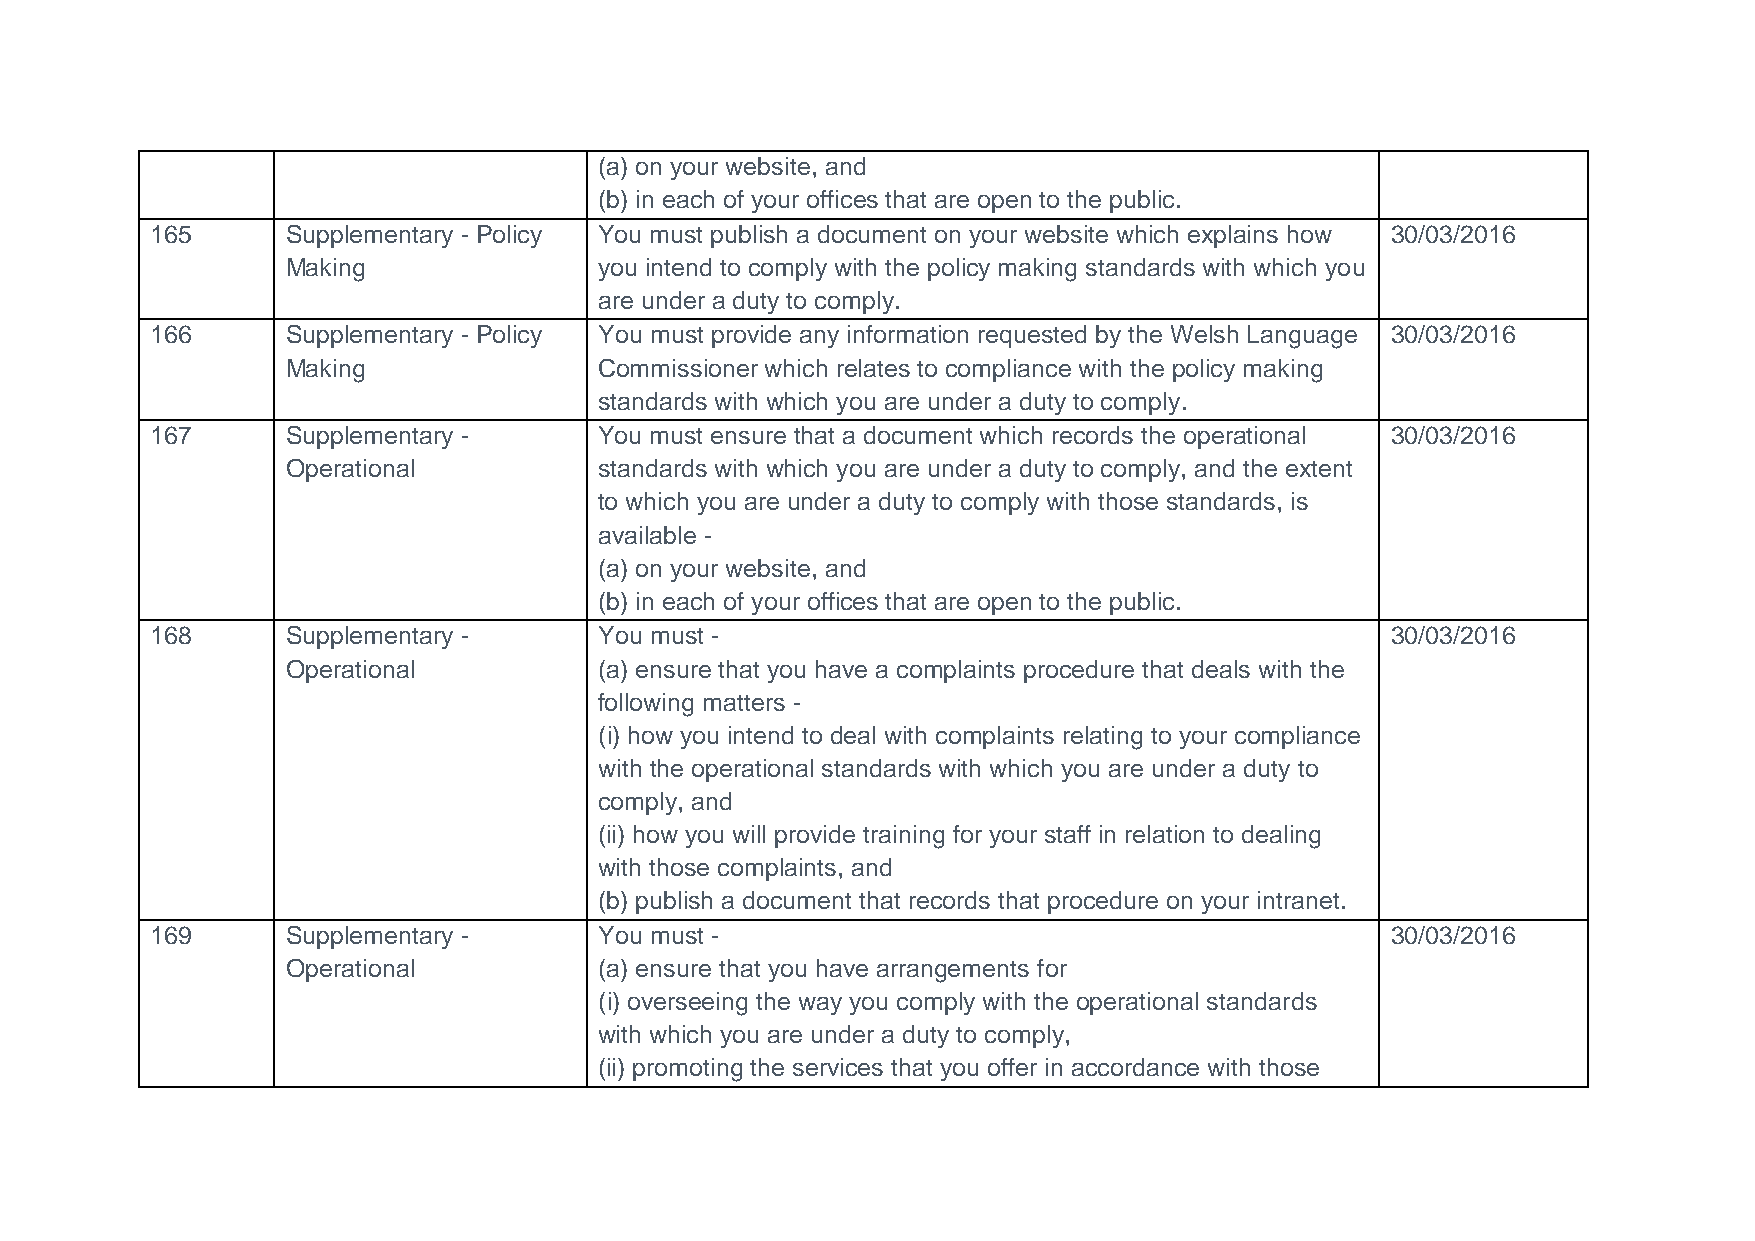
(a) on your website, and
 (b) in each of your offices that are open to the public.
 165      Supplementary - Policy You must publish a document on your website which explains how 30/03/2016
 Making               you intend to comply with the policy making standards with which you
 are under a duty to comply.
 166      Supplementary - Policy You must provide any information requested by the Welsh Language 30/03/2016
 Making               Commissioner which relates to compliance with the policy making
 standards with which you are under a duty to comply.
 167      Supplementary -      You must ensure that a document which records the operational 30/03/2016
 Operational          standards with which you are under a duty to comply, and the extent
 to which you are under a duty to comply with those standards, is
 available -
 (a) on your website, and
 (b) in each of your offices that are open to the public.
 168      Supplementary -      You must -                                          30/03/2016
 Operational          (a) ensure that you have a complaints procedure that deals with the
 following matters -
 (i) how you intend to deal with complaints relating to your compliance
 with the operational standards with which you are under a duty to
 comply, and
 (ii) how you will provide training for your staff in relation to dealing
 with those complaints, and
 (b) publish a document that records that procedure on your intranet.
 169      Supplementary -      You must -                                          30/03/2016
 Operational          (a) ensure that you have arrangements for
 (i) overseeing the way you comply with the operational standards
 with which you are under a duty to comply,
 (ii) promoting the services that you offer in accordance with those